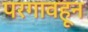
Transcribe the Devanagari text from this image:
परगावहून